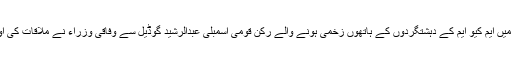
2015ء)قومی اسمبلی میں ایم کیو ایم کے دہشتگردوں کے ہاتھوں زخمی ہونے والے رکن قومی اسمبلی عبدالرشید گوڈیل سے وفاقی وزراء نے ملاقات کی اور خیریت دریافت کی۔